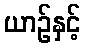
ယာဉ်နှင့်